Medical and sanitary report of the native army of Madras for the year
Year: 1878
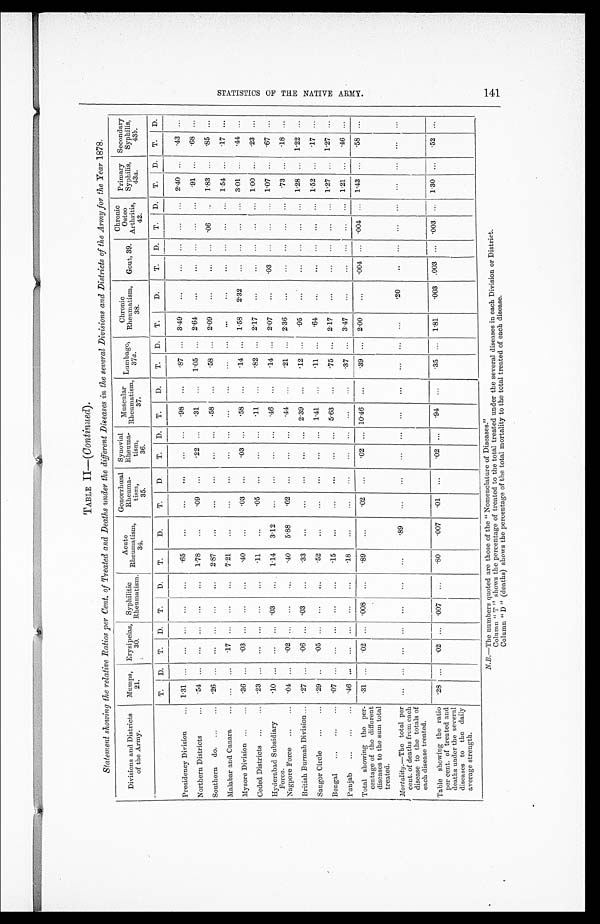
TABLE II— (Continuted).
Statement showing the relative Ratios per Cent. of Treated and Deaths under the different Diseases in the several Divisions and Districts of the Army for the Year 1878.
Divisions and Districts
of the Army.
Mumps,
2 1 .
Erysipelas,
30.
Syphilitic
Rheumatism.
Acute
Rheumatism,
34.
Gonorrhœal
Rheuma
tism
3 5 .
Synovial
Rheuma
tism
36.
Muscular
Rheumatism,
37.
Lumbago,
37a .
Chronic
Rheumatism,
38.
Gout, 39.
Chronic
Osteo
Arthritis,
42.
Primary
Syphilis,
43 a.
Secondary
Syphilis,
43 b
T.
D.
T.
D.
T.
D.
T.
D.
T.
D.
T.
D.
T.
D.
T.
D.
T.
D.
T.
D.
T.
D.
T.
D.
T.
D.
Presidency Division . . . 1.31
. . .
. . .
. . .
. . .
. . .
.65
. . .
. . .
. . .
. . .
. . .
.98
. . .
.87
. . . 3.49
. . .
. . .
. . .
. . .
. . .
2.40
. . .
.43
. . .
Northern Districts . . .
.54
. . .
. . .
. . .
. . .
. . .
1.78
. . .
. 0 9
. . .
. 2 2 . . .
.31
. . . 1.05
. . . 2.64
. . .
. . .
. . .
. . .
. . .
.91
. . .
.68
. . .
Southern do. . . . .26
. . .
. . .
. . .
. . .
. . .
2.87
. . .
. . .
. . .
. . . . . . .58
. . .
.58
. . . 2.09
. . .
. . .
. . . .06
. . .
1.83
. . .
.85
. . .
Malabar and Canara . . .
. . .
. . .
. 1 7
. . .
. . .
. . .
7.21
. . .
. . .
. . .
. . .
. . .
. . .
. . .
. . .
. . .
. . .
. . .
. . .
. . .
. . . . . .
1 . 5 4
. . .
. 1 7
. . .
Mysore Division . . .
.36
. . .
. 0 3
. . .
. . .
. . .
.40
. . .
. 0 3
. . .
. 03
. . .
.58
. . .
.14
. . . 1.58
2.32
. . .
. . .
. . . . . .
3.01
. . .
.44
. . .
Ceded Districts . . .
.23
. . . . . .
. . .
. . .
. . .
.11
. . .
. 0 5
. . . . . .
. . . .11
. . .
.82
. . . 2.17
. . .
. . .
. . .
. . .
. . .
1.00
. . .
.23
. . .
Hyderabad Subsidiary
Force.
.10
. . .
. . .
. . . .03
. . .
1.14
3.12
. . .
. . .
. . .
. . . .46
. . .
.14
. . . 2.07
. . . .03
. . .
. . .
. . .
1.07
. . .
.67
. . .
Nagpore Force . . .
.04
. . .
. 0 2
. . .
. . .
. . .
.40
5.88
.02
. . .
. . .
. . .
.44
. . .
.21
. . . 2.36
. . .
. . .
. . .
. . .
. . .
. 7 3 . . .
.18 . . .
British Burmah Division . . .
.27
. . .
. 0 6
. . . .03
. . .
.33
. . .
. . .
. . .
. . .
. . . 2.39
. . .
.12
. . .
.95
. . . . . .
. . .
. . .
. . .
1.28
. . . 1.22
. . .
S a u g o r
Circle . . .
.29
. . .
. 0 5
. . .
. . .
. . .
.52
. . .
. . .
. . .
. . .
. . . 1.41
. . .
.11
. . . .64
. . . . . .
. . .
. . .
. . .
1.52
. . .
. 1 7
. . .
Bengal
.07
. . .
. . . . . .
. . .
. . .
.15
. . .
. . .
. . .
. . .
. . . 5.63
. . . .75
. . . 2.17
. . .
. . .
. . .
. . .
. . .
1.27
. . . 1.27
. . .
Punjab . . .
.46
. . .
. . . . . .
. . .
. . .
.18
. . .
. . .
. . . . . .
. . .
. . .
. . .
.37
. . . 3.47
. . .
. . .
. . .
. . .
. . .
1.21 . . .
.46
. . .
Total showing the per-
centage of the different
diseases to the sum total
treated.
.31 . . .
. 0 2 . . .
.008
. . .
.89
. . .
.02
. . .
. 0 2
. . . 10.46
. . .
.39
. . . 2.00
. . . .004
. . .
. 0 0 4
. . .
1.43
. . .
.58
. . .
Mortality .—The total per
cent. of deaths from each
disease to the totals of
each disease treated.
. . .
. . .
. . . . . .
. . .
. . .
. . .
. 8 9
. . .
. . .
. . .
. . .
. . .
. . .
. . .
. . .
. . .
. 2 0
. . .
. . .
. . .
. . .
. . .
. . .
. . .
. . .
Table showing the ratio
per cent. of treated and
deaths under the several
diseases to the daily
average strength.
.28
. . .
. 0 2
. . . .007
. . .
.80
.007
.01
. . .
.02
. . .
.94
. . .
.35
. . . 1.81
. 0 0 3 .003
. . .
. 0 0 3
. . .
1.30
. . .
.52
. . .
N.B.—The numbers quoted are those of the " Nomenclature of Diseases."
Column "T" shows the percentage of treated to the total treated under the several diseases in each Division or District.
Column "D" (deaths) shows the percentage of the total mortality to the total treated of each disease.
S T A T I S T I C S O F T H E N A T I V E A R M Y .
141